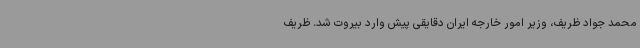
محمد جواد ظریف، وزیر امور خارجه ایران دقایقی پیش وارد بیروت شد. ظریف